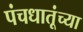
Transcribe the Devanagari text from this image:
पंचधातूंच्या